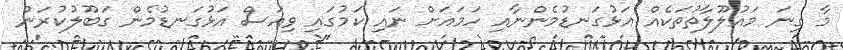
މާ ގިނަ މައުލޫލާތުތަކެއް އަޅުގަނޑުމެންނާއި ހަމައަށް ނައި ކަމުގައި ވިއަސް އަޅުގަނޑުމެން ގަބޫލުކުރަން